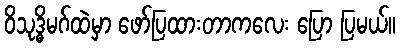
ဝိသုဒ္ဓိမဂ်ထဲမှာ ဖော်ပြထားတာကလေး ပြော ပြမယ်။